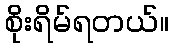
စိုးရိမ်ရတယ်။